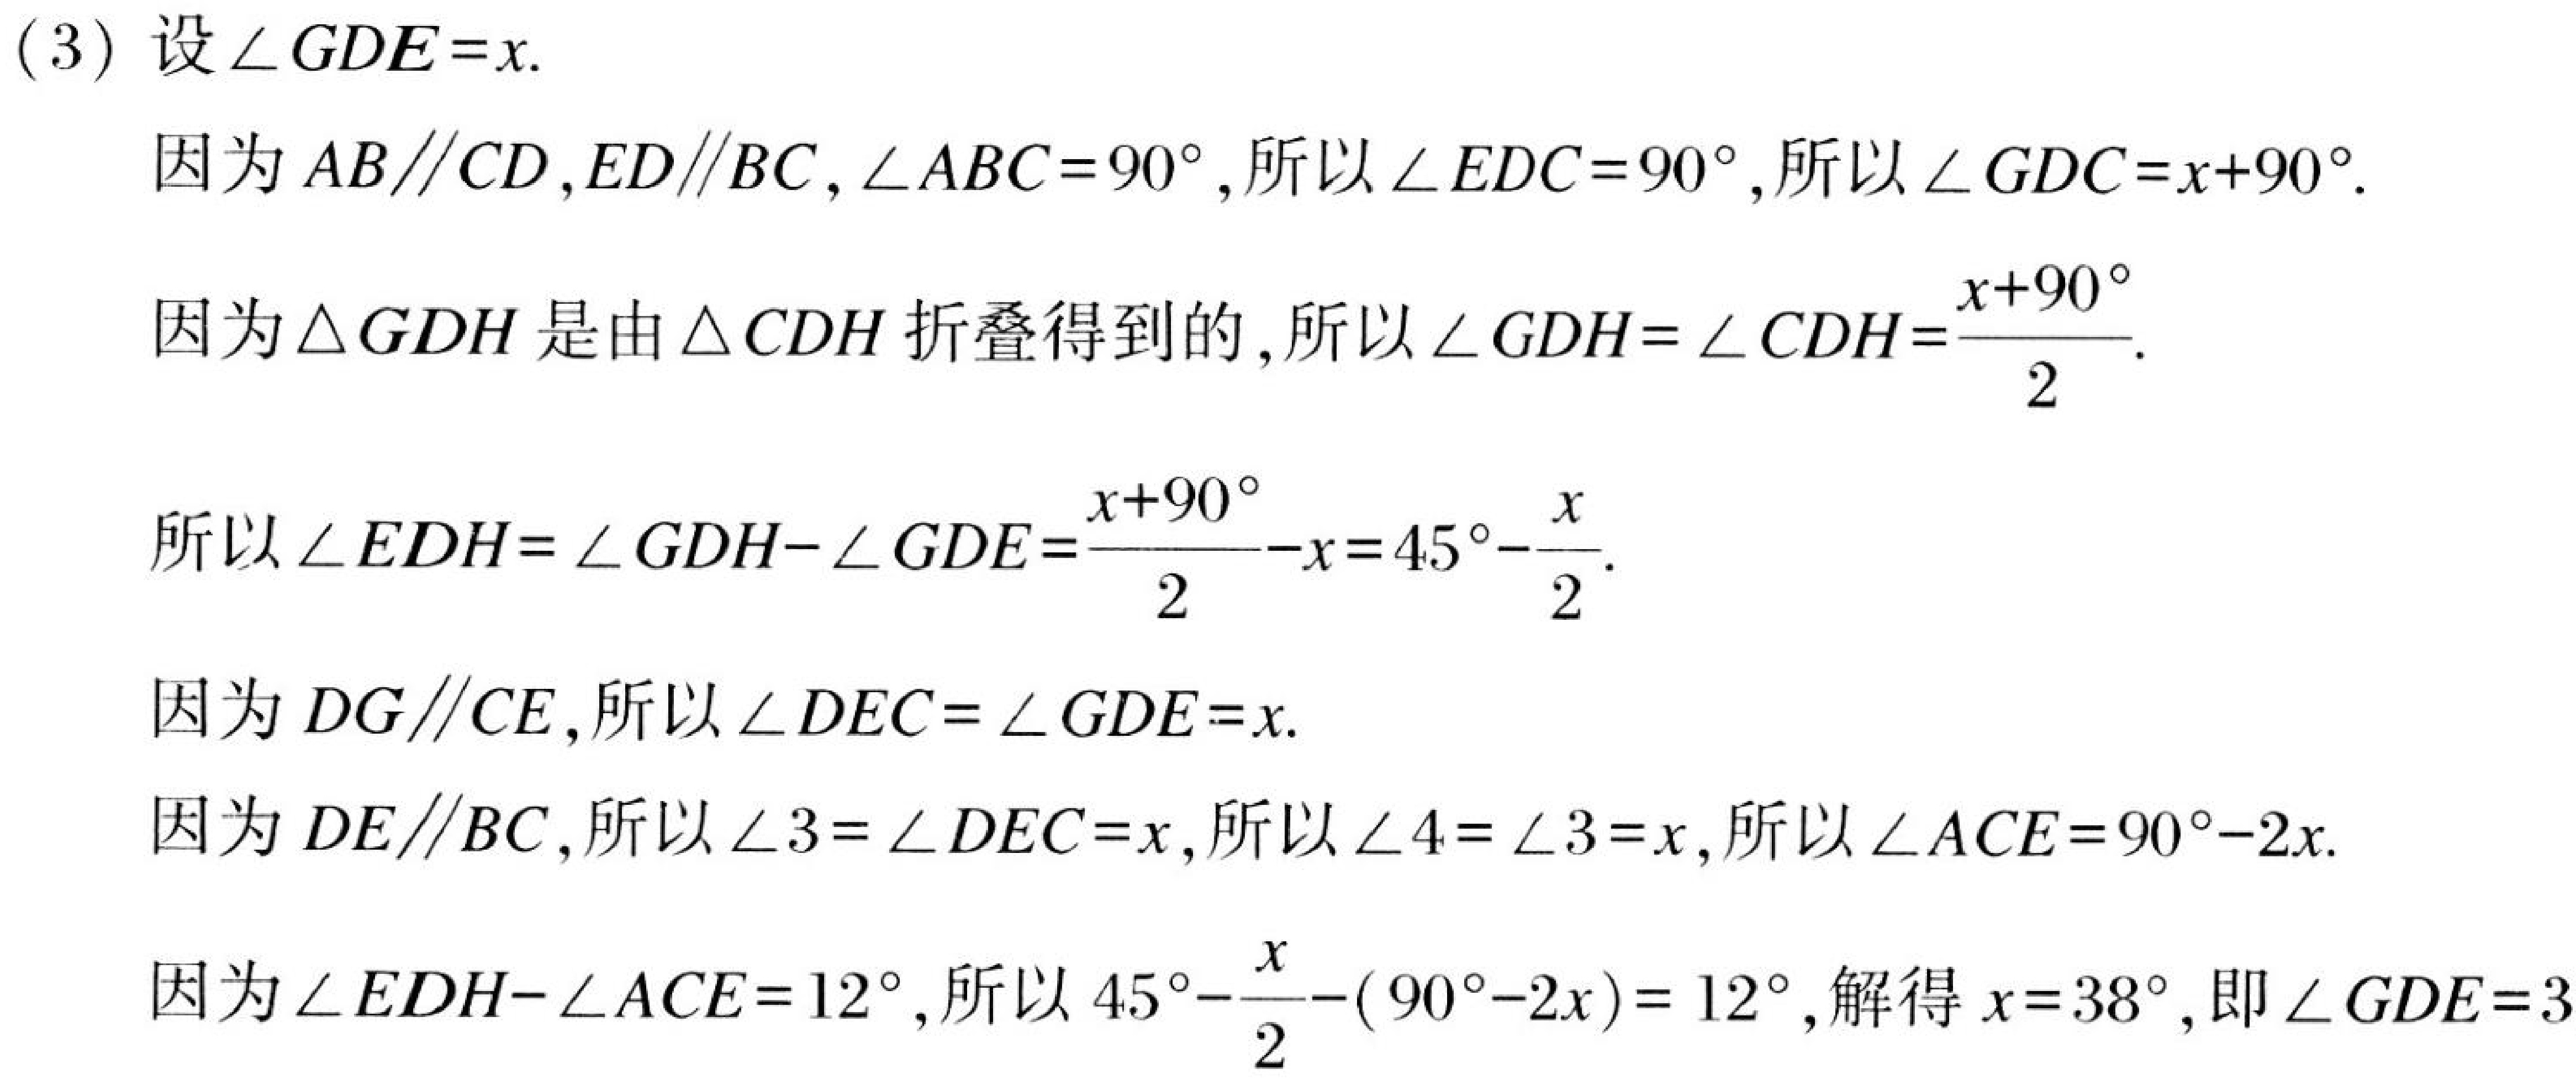
(3) 设\(\angle GDE = x\).
因为\(AB\parallel CD,ED\parallel BC,\angle ABC = 90^{\circ}\),所以\(\angle EDC = 90^{\circ}\),所以\(\angle GDC=x + 90^{\circ}\).
因为\(\triangle GDH\)是由\(\triangle CDH\)折叠得到的,所以\(\angle GDH=\angle CDH=\frac{x + 90^{\circ}}{2}\).
所以\(\angle EDH=\angle GDH-\angle GDE=\frac{x + 90^{\circ}}{2}-x = 45^{\circ}-\frac{x}{2}\).
因为\(DG\parallel CE\),所以\(\angle DEC=\angle GDE = x\).
因为\(DE\parallel BC\),所以\(\angle 3=\angle DEC = x\),所以\(\angle 4=\angle 3 = x\),所以\(\angle ACE = 90^{\circ}-2x\).
因为\(\angle EDH-\angle ACE = 12^{\circ}\),所以\(45^{\circ}-\frac{x}{2}-(90^{\circ}-2x)=12^{\circ}\),解得\(x = 38^{\circ}\),即\(\angle GDE = 38^{\circ}\)